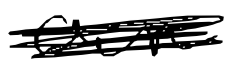
Text: own
Cross-out: scratch
Writing tool: digital_black